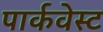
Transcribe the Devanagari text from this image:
पार्कवेस्ट